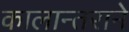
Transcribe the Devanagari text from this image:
कालान्तराने